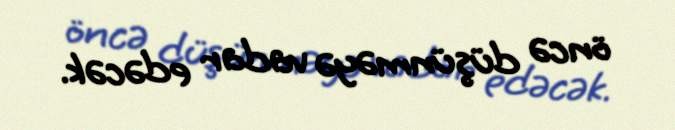
öncə düşünməyə vadar edəcək.